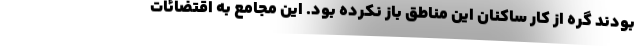
بودند گره از کار ساکنان این مناطق باز نکرده بود. این مجامع به اقتضائات